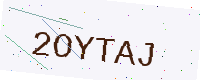
Text: 2OYTAJ